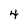
Character: 4